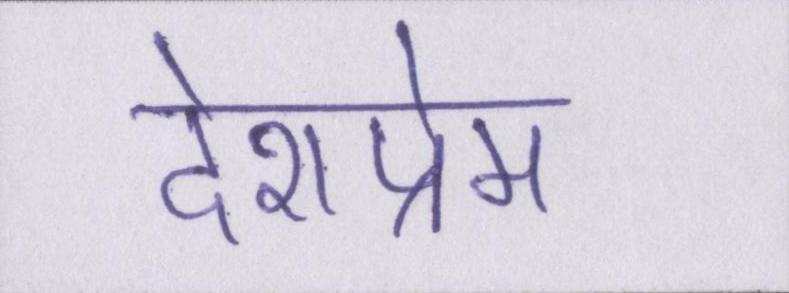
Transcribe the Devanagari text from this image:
देशप्रेम